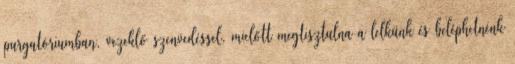
purgatóriumban, vezeklő szenvedéssel, mielőtt megtisztulna a lelkünk és beléphetnénk